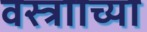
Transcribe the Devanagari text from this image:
वस्त्रााच्या